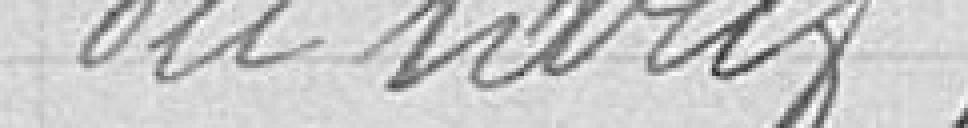
du tarif;